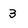
Character: 3